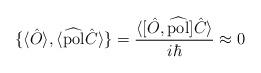
LaTeX: \begin{align*} \{\langle\hat{O}\rangle,\langle\widehat{\rm pol}\hat{C}\rangle\} = \frac{\langle [\hat{O},\widehat{\rm pol}]\hat{C}\rangle}{i\hbar}\approx 0\end{align*}